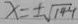
x = \pm \sqrt { 1 4 4 }